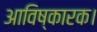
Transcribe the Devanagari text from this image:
आविष्कारक।